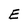
Character: E